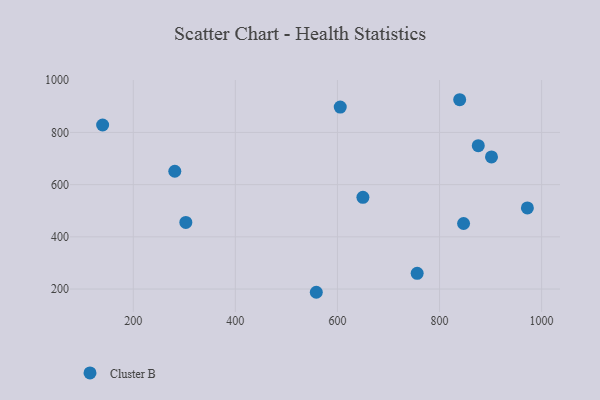
{"axis": {"x": "Experience", "y": "Rating"}, "legend": ["Cluster B"], "data": [{"x": "558.6", "y": 187.6, "type": "Cluster B"}, {"x": "847.1", "y": 451.1, "type": "Cluster B"}, {"x": "972.1", "y": 510.6, "type": "Cluster B"}, {"x": "281.4", "y": 651.3, "type": "Cluster B"}, {"x": "839.5", "y": 925.3, "type": "Cluster B"}, {"x": "756.2", "y": 260.3, "type": "Cluster B"}, {"x": "303.0", "y": 455.3, "type": "Cluster B"}, {"x": "605.5", "y": 897.3, "type": "Cluster B"}, {"x": "875.9", "y": 749.2, "type": "Cluster B"}, {"x": "649.9", "y": 551.3, "type": "Cluster B"}, {"x": "140.0", "y": 828.4, "type": "Cluster B"}, {"x": "901.8", "y": 706.1, "type": "Cluster B"}]}